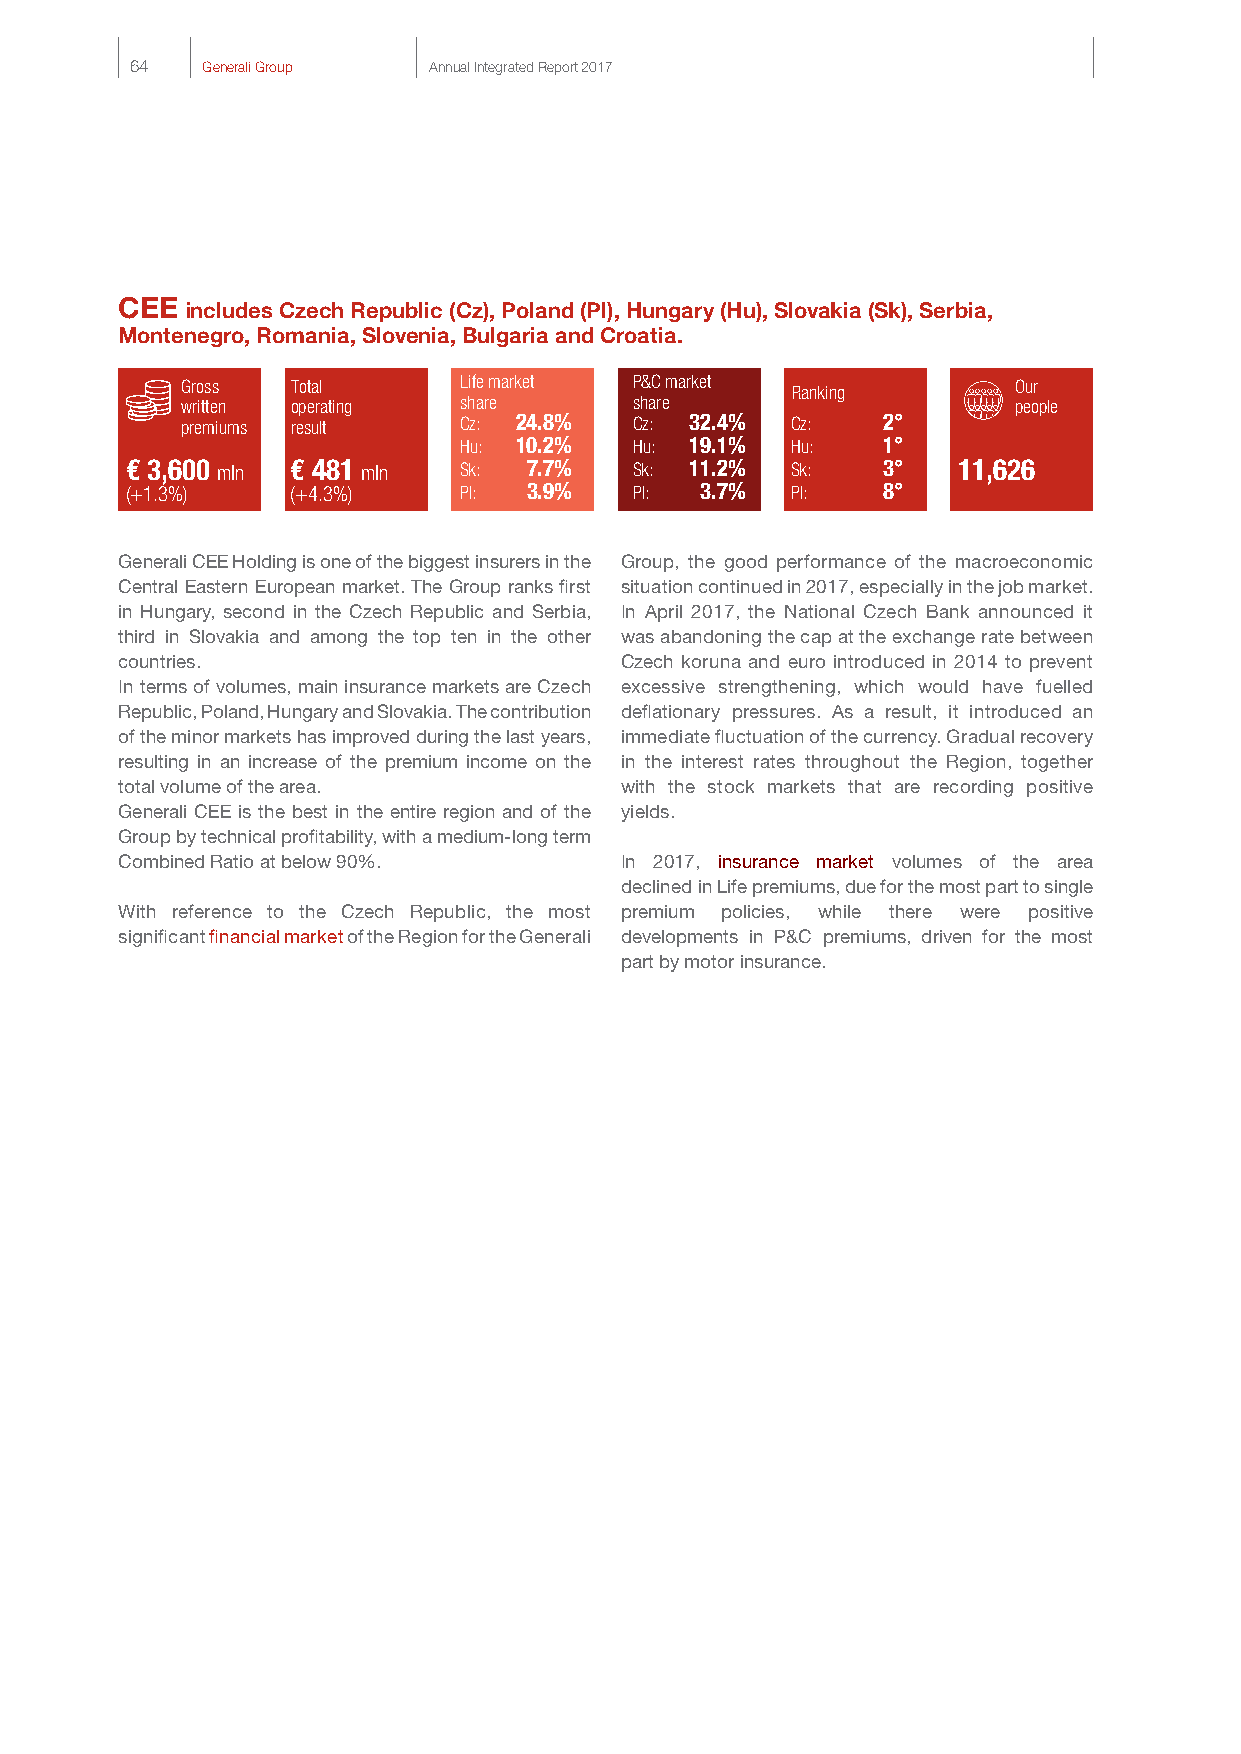
64  Generali Group Annual Integrated Report 2017
 CEE includes Czech Republic (Cz), Poland (Pl), Hungary (Hu), Slovakia (Sk), Serbia,
 Montenegro, Romania, Slovenia, Bulgaria and Croatia.
 Gross  Total      Life market P&C market Ranking       Our
 written operating share       share                    people
 premiums result   Cz: 24.8%   Cz: 32.4% Cz:   2°
 Hu: 10.2%   Hu: 19.1% Hu:   1°
 € 3,600 mln € 481 mln Sk:  7.7%   Sk: 11.2% Sk:   3°   11,626
 (+1.3%)    (+4.3%)    Pl:  3.9%   Pl: 3.7%  Pl:   8°
 Quota di mercato
 Generali CEE Holding is one of the biggest insurers in the Group, the good performance of the macroeconomic
 Central Eastern European market. The Group ranks first situation continued in 2017, especially in the job market.
 in Hungary, second in the Czech Republic and Serbia, In April 2017, the National Czech Bank announced it
 third in Slovakia and among the top ten in the other was abandoning the cap at the exchange rate between
 countries.                       Czech koruna and euro introduced in 2014 to prevent
 In terms of volumes, main insurance markets are Czech excessive strengthening, which would have fuelled
 Republic, Poland, Hungary and Slovakia. The contribution deflationary pressures. As a result, it introduced an
 of the minor markets has improved during the last years, immediate fluctuation of the currency. Gradual recovery
 resulting in an increase of the premium income on the in the interest rates throughout the Region, together
 total volume of the area.        with the stock markets that are recording positive
 Generali CEE is the best in the entire region and of the yields.
 Group by technical profitability, with a medium-long term
 Combined Ratio at below 90%.     In 2017, insurance market volumes of the area
 declined in Life premiums, due for the most part to single
 With reference to the Czech Republic, the most premium policies, while there were positive
 significant financial market of the Region for the Generali developments in P&C premiums, driven for the most
 part by motor insurance.